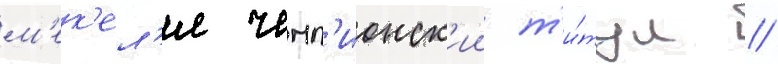
м'ек'ел'я чемп'ионск'ии т'и́тул //